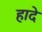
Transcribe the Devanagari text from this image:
हादे